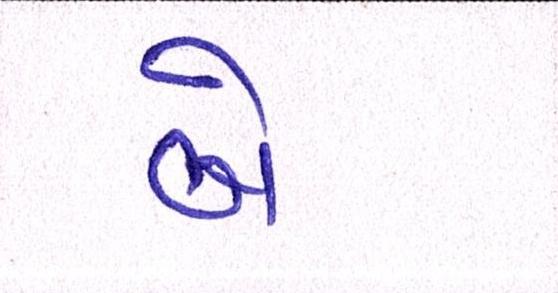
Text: બે